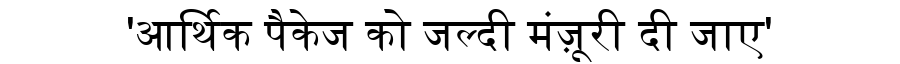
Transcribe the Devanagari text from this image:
'आर्थिक पैकेज को जल्दी मंज़ूरी दी जाए'